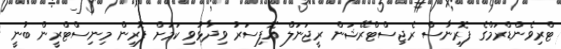
ޓްރިވެންޑްރަމްގެ ފޮރިނާސް ރެޖިސްޓްރޭޝަން ރީޖަނަލް އޮފިސަރު ވިދާޅުވި ކަމަށް ފޮރިން މިނިސްޓްރީން ބުނީ